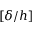
[ \delta / h ]